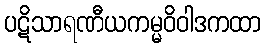
ပဋိသာရဏီယကမ္မဝိဝါဒကထာ